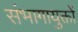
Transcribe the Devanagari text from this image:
संभागायुक्तों